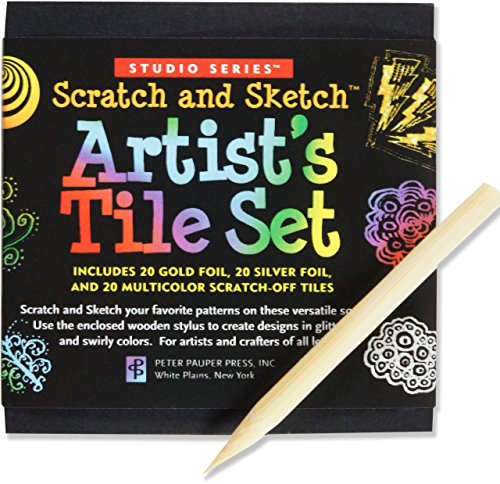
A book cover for Scratch & Sketch Artist's Tile Set (tangles) (Studio); Peter Pauper Press; Arts & Photography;